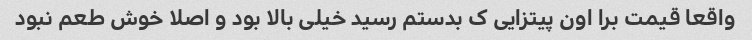
واقعا قیمت برا اون پیتزایی ک بدستم رسید خیلی بالا بود و اصلا خوش طعم نبود